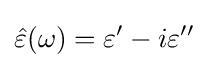
{\hat {\varepsilon }}(\omega )=\varepsilon '-i\varepsilon ''